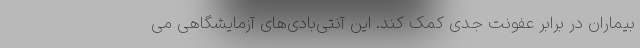
بیماران در برابر عفونت جدی کمک کند. این آنتی‌بادی‌های آزمایشگاهی می